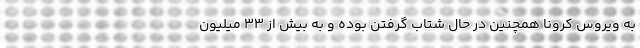
به ویروس کرونا همچنین در حال شتاب گرفتن بوده و به بیش از 33 میلیون